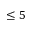
\leq 5